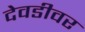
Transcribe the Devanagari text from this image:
देवडीवर